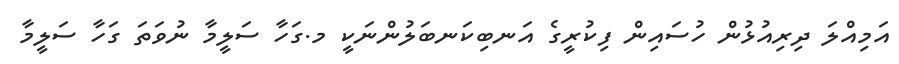
އަމިއްލަ ދިރިއުޅުން ހުސައިން ފިކުރީގެ އަނބިކަނބަލުންނަކީ މ.ގަހާ ސަލީމާ ނުވަތަ ގަހާ ސަލީމާ